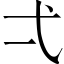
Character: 弌